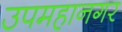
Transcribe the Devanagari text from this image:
उपमहानगर